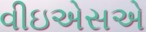
વીઇએસએ